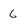
Character: 6